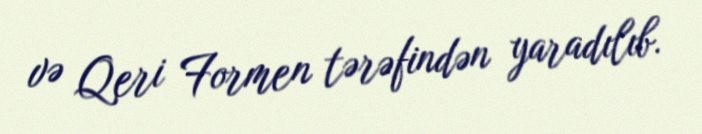
və Qeri Formen tərəfindən yaradılıb.